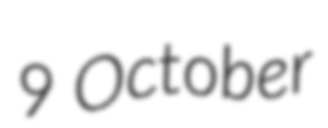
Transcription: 9 October